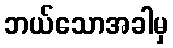
ဘယ်သောအခါမှ